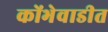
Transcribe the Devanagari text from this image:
कोंभेवाडीत